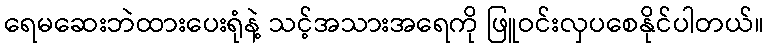
ရေမဆေးဘဲထားပေးရုံနဲ့ သင့်အသားအရေကို ဖြူဝင်းလှပစေနိုင်ပါတယ်။